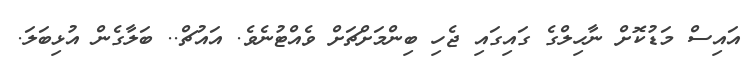
އައިސް މަޑުކޮށް ނާހިލްގެ ގައިގައި ޖެހި ބިންމަށްޗަށް ވެއްޓުނެވެ. އައުޗް.. ބަލާގެން އުޅިބަލަ.